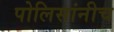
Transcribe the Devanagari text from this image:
पोलिसांनीच